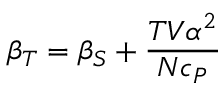
\beta _ { T } = \beta _ { S } + { \frac { T V \alpha ^ { 2 } } { N c _ { P } } }